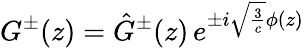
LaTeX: G^{\pm}(z)=\hat{G}^{\pm}(z)\, e^{\pm i{\sqrt{{\frac{3}{c}}}}\phi(z)}